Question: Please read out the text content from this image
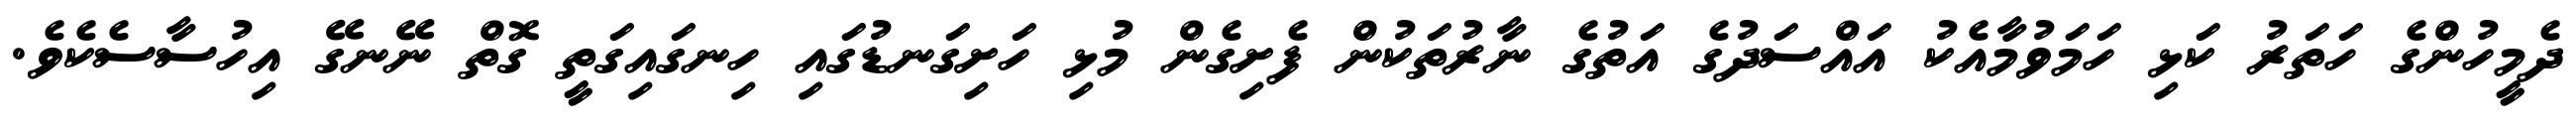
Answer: ދެމީހުންގެ ހަތަރު ކަޅި ހަމަވުމާއެކު އައްސަދުގެ އަތުގެ ނާރުތަކުން ފެށިގެން މުޅި ހަށިގަނޑުގައި ހިނގައިގަތީ ގޮތް ނޭނގޭ އިހުސާސެކެވެ.